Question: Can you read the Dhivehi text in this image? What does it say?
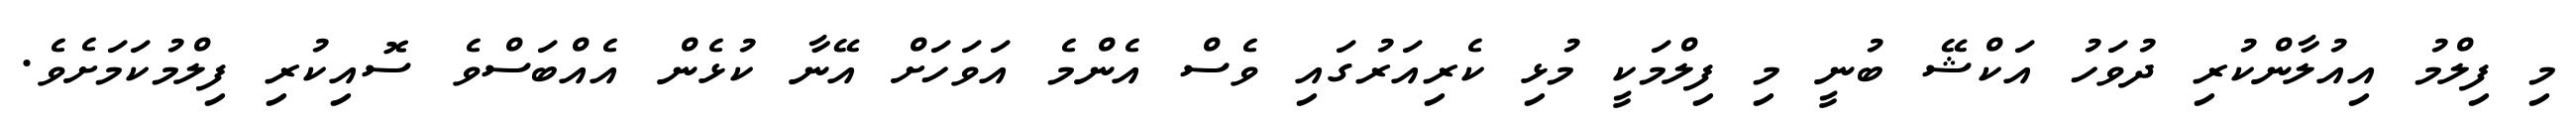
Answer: މި ފިލްމު އިއުލާންކުރި ދުވަހު އަކްޝޭ ބުނީ މި ފިލްމަކީ މުޅި ކެރިއަރުގައި ވެސް އެންމެ އަވަހަށް އޭނާ ކުޅެން އެއްބަސްވެ ސޮއިކުރި ފިލްމުކަމަށެވެ.